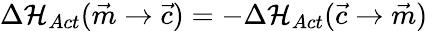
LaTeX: \Delta\mathcal{H}_{Act}(\vec{m}\rightarrow\vec{c})=-\Delta\mathcal{H}_{Act}(\vec{c}\rightarrow\vec{m})